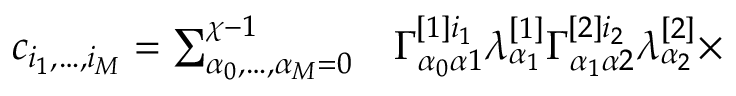
\begin{array} { r l } { c _ { i _ { 1 } , \dots , i _ { M } } = \sum _ { \alpha _ { 0 } , \dots , \alpha _ { M } = 0 } ^ { \chi - 1 } } & { { } \Gamma _ { \alpha _ { 0 } \alpha 1 } ^ { [ 1 ] i _ { 1 } } \lambda _ { \alpha _ { 1 } } ^ { [ 1 ] } \Gamma _ { \alpha _ { 1 } \alpha 2 } ^ { [ 2 ] i _ { 2 } } \lambda _ { \alpha _ { 2 } } ^ { [ 2 ] } \times } \end{array}